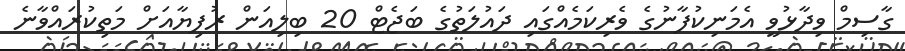
ގާސިމް ވިދާޅުވީ އެމަނިކުފާނުގެ ވެރިކަމެއްގައި ދައުލަތުގެ ބަޖެޓް 20 ބިލިއަން ރުފިޔާއަށް މަތިކުރައްވާނެ